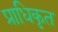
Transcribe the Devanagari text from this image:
प्राधिकृत